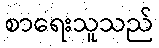
စာရေးသူသည်